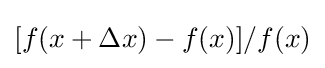
[f(x+\Delta x)-f(x)]/f(x)